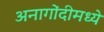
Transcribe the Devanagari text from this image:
अनागोंदीमध्ये